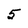
Character: 5